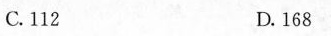
C.112 D.168